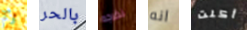
وكم بالحر نخرجه انه أكلت